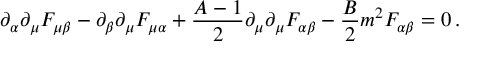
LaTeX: \partial _ { \alpha } \partial _ { \mu } F _ { \mu \beta } - \partial _ { \beta } \partial _ { \mu } F _ { \mu \alpha } + { \frac { A - 1 } { 2 } } \partial _ { \mu } \partial _ { \mu } F _ { \alpha \beta } - { \frac { B } { 2 } } m ^ { 2 } F _ { \alpha \beta } = 0 \, .